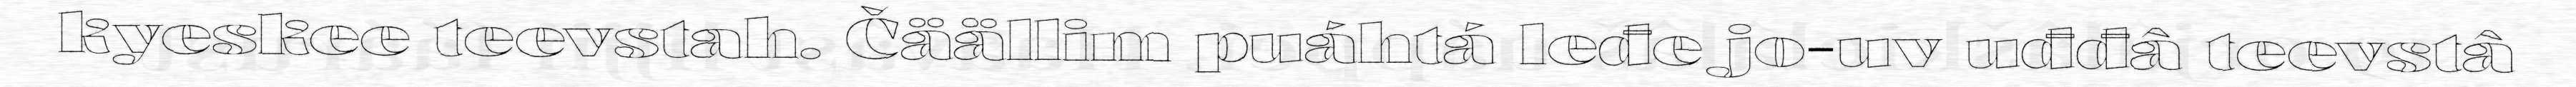
kyeskee teevstah. Čäällim puáhtá leđe jo-uv uđđâ teevstâ